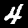
Digit: 4